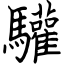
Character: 驩